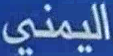
اليمني